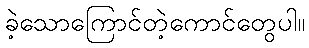
ခဲ့သောကြောင်တဲ့ကောင်တွေပါ။